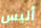
أليس